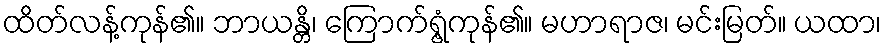
ထိတ်လန့်ကုန်၏။ ဘာယန္တိ၊ ကြောက်ရွံ့ကုန်၏။ မဟာရာဇ၊ မင်းမြတ်။ ယထာ၊